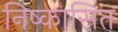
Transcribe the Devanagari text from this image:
निष्कासित